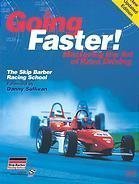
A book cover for Going Faster! Mastering the Art of Race Driving; Carl Lopez; Test Preparation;